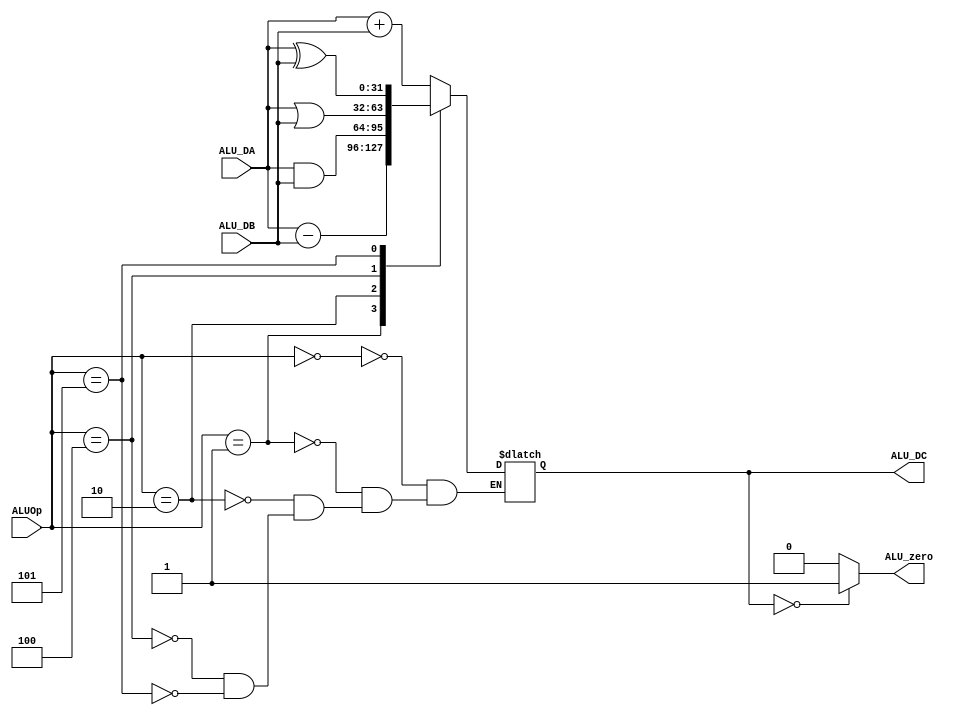
`timescale 1ns / 1ps
//////////////////////////////////////////////////////////////////////////////////
// Company: 
// Engineer: 
// 
// Design Name: 
// Module Name:    alu 
// Project Name: 
// Target Devices: 
// Tool versions: 
// Description: 
//
// Dependencies: 
//
// Revision: 
// Revision 0.01 - File Created
// Additional Comments: 
//
//////////////////////////////////////////////////////////////////////////////////
module alu(ALU_DA,ALU_DB,ALUOp,ALU_DC,ALU_zero);
	input[31:0] ALU_DA,ALU_DB;
	input[2:0] ALUOp;
	output[31:0] ALU_DC;
	reg[31:0] ALU_DC;
	output ALU_zero;
	reg ALU_zero;
	always@(*)
	begin
	case(ALUOp)
		3'b000: ALU_DC<=ALU_DA+ALU_DB;
		3'b001: ALU_DC<=ALU_DA-ALU_DB;
		3'b010: ALU_DC<=ALU_DA&ALU_DB;
		3'b100: ALU_DC<=ALU_DA|ALU_DB;
		3'b101: ALU_DC<=ALU_DA^ALU_DB;
	endcase
	if(ALU_DC==32'b0)
		ALU_zero<=1;
	else
		ALU_zero<=0;
	end
endmodule